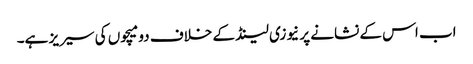
اب اس کے نشانے پر نیوزی لینڈ کے خلاف دو میچوں کی سیریز ہے۔